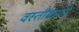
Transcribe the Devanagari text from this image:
वस्तीमानाने